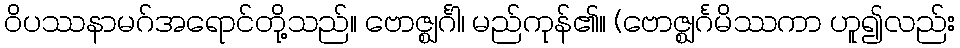
ဝိပဿနာမဂ်အရောင်တို့သည်။ ဗောဇ္ဈင်္ဂါ၊ မည်ကုန်၏။ (ဗောဇ္ဈင်္ဂမိဿကာ ဟူ၍လည်း